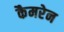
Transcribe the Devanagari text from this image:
कैमरेन